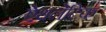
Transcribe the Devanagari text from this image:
ऐथलेटिक